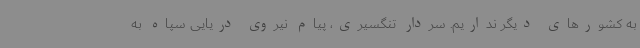
به کشورهای دیگر نداریم. سردار تنگسیری، پیام نیروی دریایی سپاه به